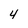
Character: 4